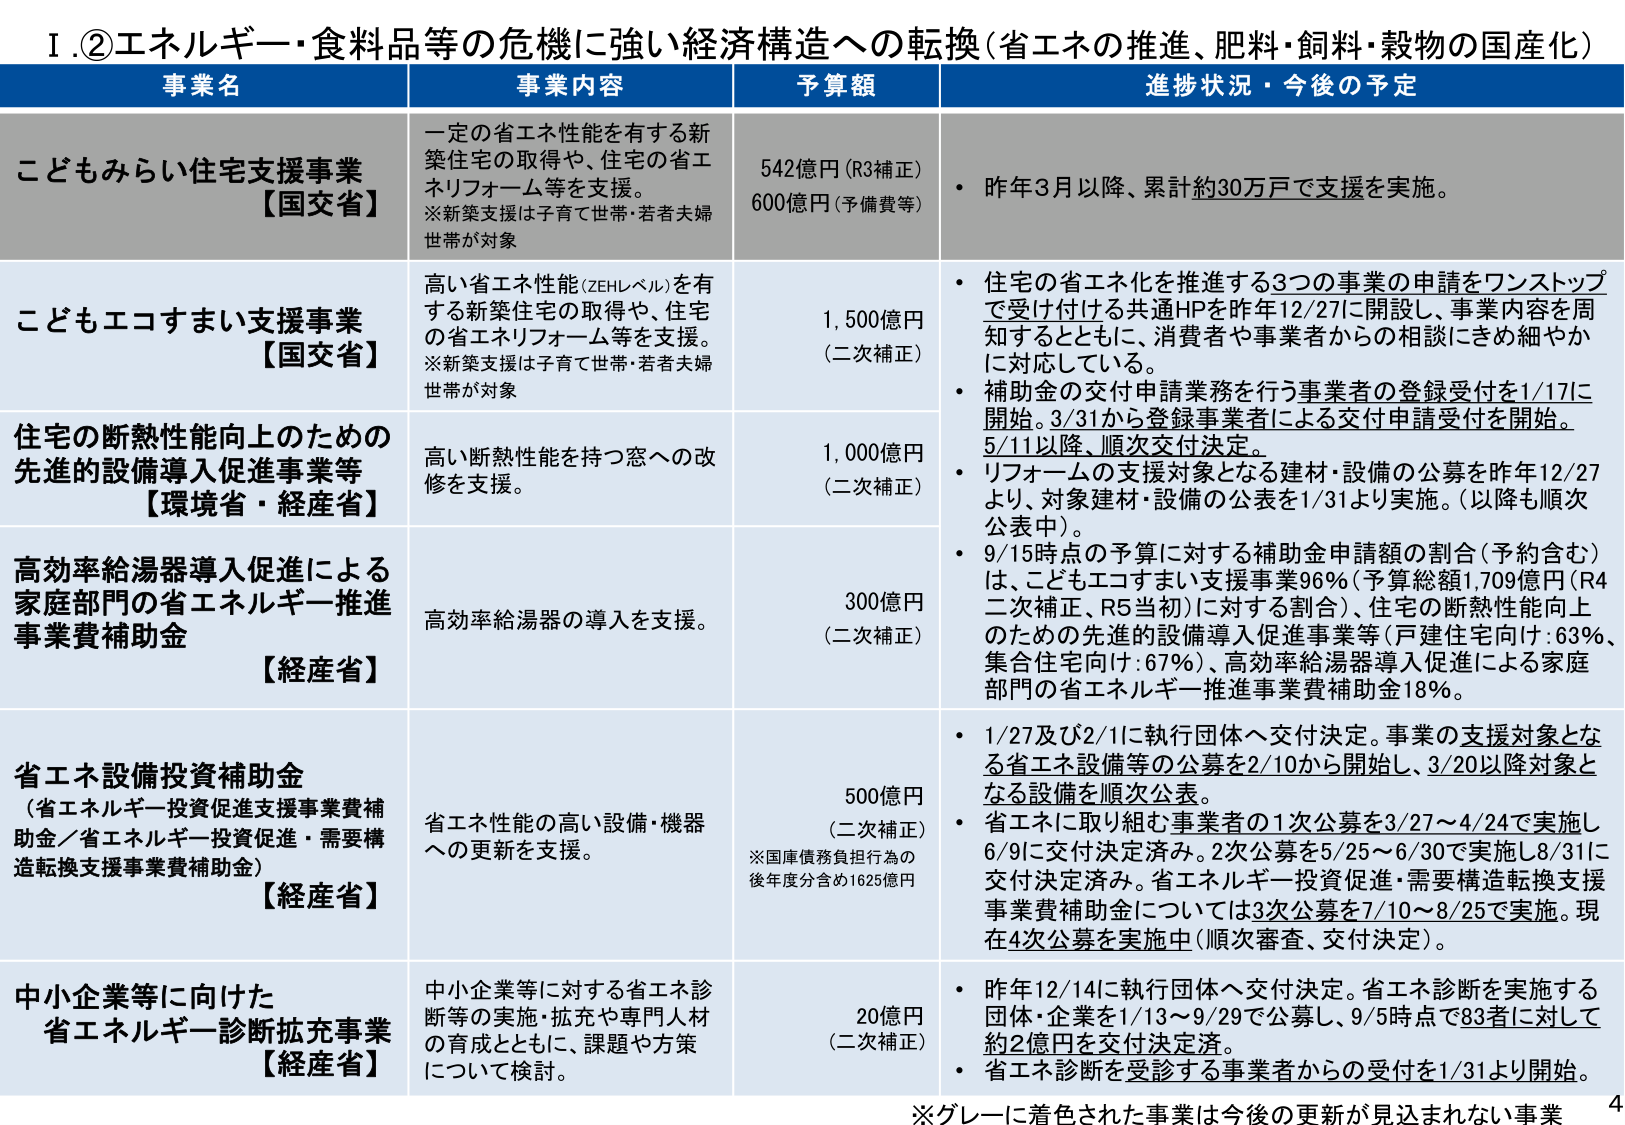
Ⅰ.②エネルギー・食料品等の危機に強い経済構造への転換（省エネの推進、肥料・飼料・穀物の国産化）

事業名